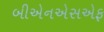
બીએનએસએફ